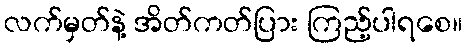
လက်မှတ်နဲ့ အိတ်ကတ်ပြား ကြည့်ပါရစေ။